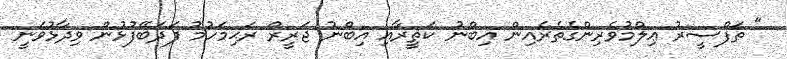
" ތަފްސީރު ޢިލްމުވެރިންގެތެރެއިން އިބްނު ކަޘީރާއި އިބްނު ޖަރީރް ރަޙިމަހުމު ފަދަބޭފުޅުން ވިދާޅުވަނީ